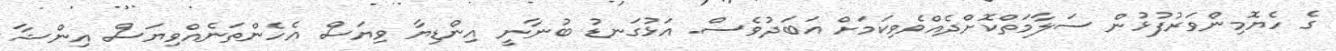
ގެ ހެޔޮމިންވަރުފުޅުން ސަލާމަތްކޮށްދެއްވެވިކަމަށް އަބަދުވެސް. އަޅުގަނޑު ބުނާނީ އިންޑިޔާ ވިޔަސް އެހެންތަނެއްވިޔަސް އިންޝާ